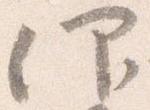
仰